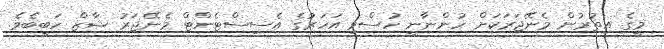
މީގެ އިތުރުން މެނޭޖަރަކަށް ހުންނާނީ ހުސްވި އަހަރުގެ އެސިސްޓެންޓް މެނޭޖަރު ޝާޒް ހަބީބެވެ.